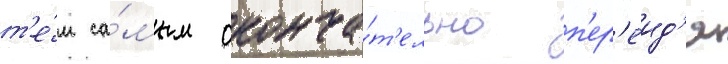
т'е́м са́мым оконча́т'ельно п'ер'еид'я